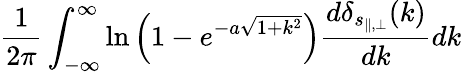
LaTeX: \frac{1}{2\pi}\int_{-\infty}^{\infty}\ln\left(1-e^{-a\sqrt{1+k^{2}}}\right)\frac{d\delta_{s_{\parallel,\perp}}(k)}{dk}dk